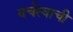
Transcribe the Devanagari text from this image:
वर्चस्वाची